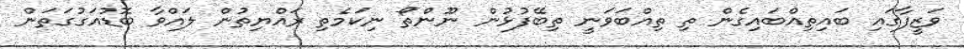
ވަޒީފާގައި ބައިތިއްބައިގެން ތި ތިއްބަވަނީ ތިބޭފުޅުން ނޫންތޯ ނިކަމެތި ރައްޔިތުން ލައްވާ ބޮޑުއަގުގަތަން